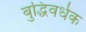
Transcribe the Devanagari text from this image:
बुद्धिवर्धक